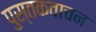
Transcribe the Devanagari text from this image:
पुस्तकवाचन